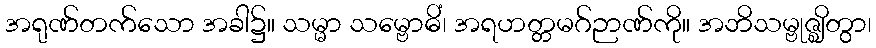
အရုဏ်တက်သော အခါ၌။ သမ္မာ သမ္ဗောဓိံ၊ အရဟတ္တမဂ်ဉာဏ်ကို။ အဘိသမ္ဗုဇ္ဈိတွာ၊